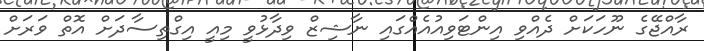
ރާއްޖޭގެ ނޫހަކަށް ދެއްވި އިންޓަވިއުއެއްގައި ނާޝިޒް ވިދާޅުވީ މިއީ އިގްތިސާދަށް އޮތް ވަރަށް